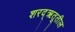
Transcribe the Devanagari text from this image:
शरद्‌ऋतूतील